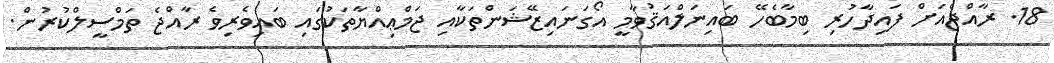
18. ރާއްޖެއަށް ފައިދާހުރި ބިމާބެހޭ ބައިނަލްއަޤުވާމީ އޯގަނައިޒޭޝަންތަކާއި ޖަމްޢިއްޔާތަކުގައި ބައިވެރިވެ ރާއްޖެ ތަމްސީލްކުރުން.